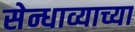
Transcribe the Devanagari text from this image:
सेन्धाव्याच्या